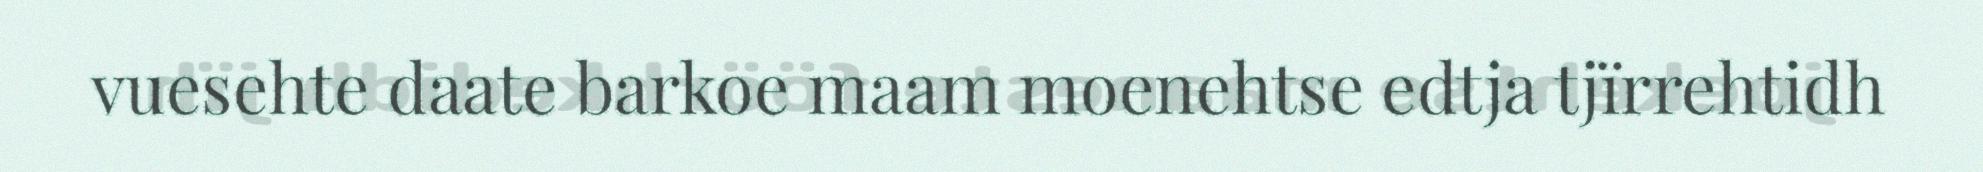
vuesehte daate barkoe maam moenehtse edtja tjïrrehtidh